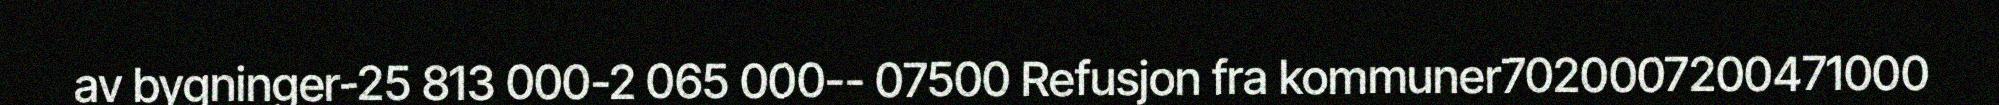
av bygninger-25 813 000-2 065 000-- 07500 Refusjon fra kommuner7020007200471000